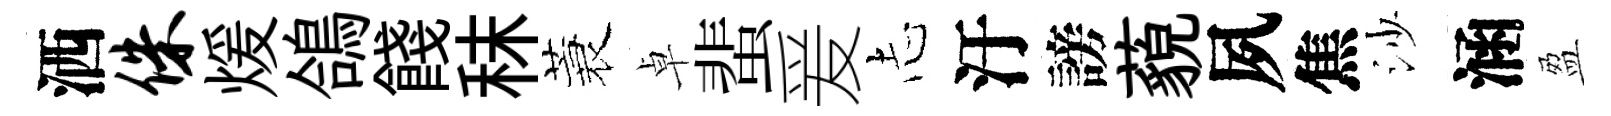
洒侏煖鴿餞秣蓑卓蜚爰𢖽汙謗藐夙焦沙涵盈